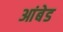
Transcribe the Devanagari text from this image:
आंबेड